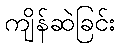
ကျိန်ဆဲခြင်း